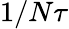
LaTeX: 1/N\tau